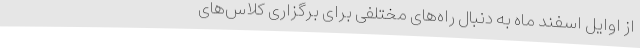
از اوایل اسفند ماه به دنبال راه‌های مختلفی برای برگزاری کلاس‌های